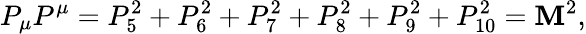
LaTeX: P_{\mu}P^{\mu}=P_{5}^{2}+P_{6}^{2}+P_{7}^{2}+P_{8}^{2}+P_{9}^{2}+P_{10}^{2}=\mathbf{M}^{2},